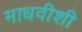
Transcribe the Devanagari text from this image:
माधवीशी